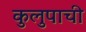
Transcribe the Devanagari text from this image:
कुलुपाची